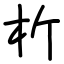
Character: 析